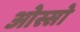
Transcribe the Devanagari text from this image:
ओस्सो